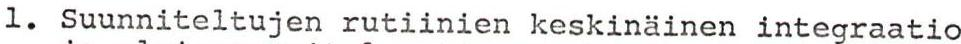
1. Suunniteltujen rutiinien keskinäinen integraatio